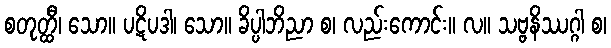
စတုတ္ထီ၊ သော။ ပဋိပဒါ၊ သော။ ခိပ္ပါဘိညာ စ၊ လည်းကောင်း။ လ။ သဗ္ဗနိဿဂ္ဂါ စ၊